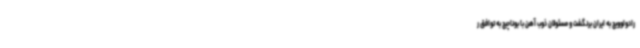
رادولوویچ به ایران برنگشت و مسئولان ذوب آهن با بوناچیچ به توافق ر